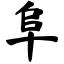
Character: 阜